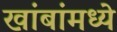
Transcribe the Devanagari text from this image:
खांबांमध्ये